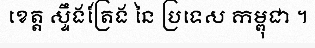
ខេត្ត ស្ទឹងត្រែង នៃ ប្រទេស កម្ពុជា ។